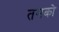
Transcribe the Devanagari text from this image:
तमको